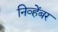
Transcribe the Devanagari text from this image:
निव्हेंबर